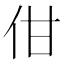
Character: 佄